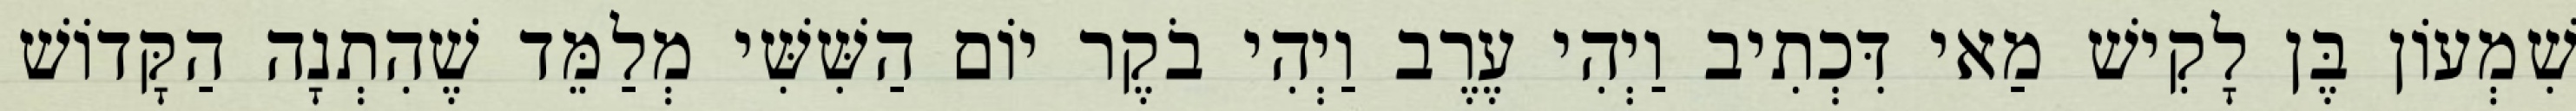
שִׁמְעוֹן בֶּן לָקִישׁ מַאי דִּכְתִיב וַיְהִי עֶרֶב וַיְהִי בֹקֶר יוֹם הַשִּׁשִּׁי מְלַמֵּד שֶׁהִתְנָה הַקָּדוֹשׁ